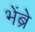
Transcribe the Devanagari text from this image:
भेंब्रे